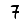
Digit: 7